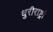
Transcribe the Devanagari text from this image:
धुरीराष्ट्रों